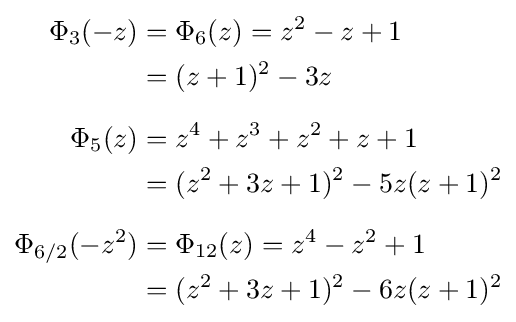
{\begin{aligned}\Phi _{3}(-z)&=\Phi _{6}(z)=z^{2}-z+1\\&=(z+1)^{2}-3z\\[6pt]\Phi _{5}(z)&=z^{4}+z^{3}+z^{2}+z+1\\&=(z^{2}+3z+1)^{2}-5z(z+1)^{2}\\[6pt]\Phi _{6/2}(-z^{2})&=\Phi _{12}(z)=z^{4}-z^{2}+1\\&=(z^{2}+3z+1)^{2}-6z(z+1)^{2}\end{aligned}}